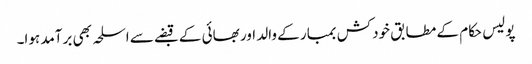
پولیس حکام کے مطابق خودکش بمبار کے والد اور بھائی کے قبضے سے اسلحہ بھی برآمد ہوا۔